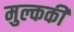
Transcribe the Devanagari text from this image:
मुल्ककी